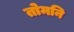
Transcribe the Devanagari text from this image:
तोमनि